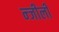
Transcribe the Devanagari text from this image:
न्जीली